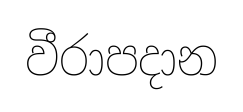
වීරාපදාන